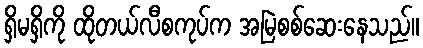
ရှိမရှိကို ထိုတယ်လီစကုပ်က အမြဲစစ်ဆေးနေသည်။